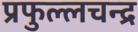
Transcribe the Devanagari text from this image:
प्रफुल्लचन्द्र